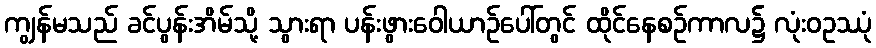
ကျွန်မသည် ခင်ပွန်းအိမ်သို့ သွားရာ ပန်းဖွားဝေါယာဉ်ပေါ်တွင် ထိုင်နေစဉ်ကာလ၌ လုံးဝဥဿုံ